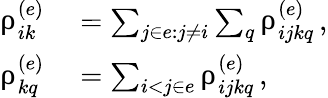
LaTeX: \begin{array}{rl}{\uprho_{ik}^{(e)}}&{{}=\sum_{j\in e:j\neq i}\sum_{q}\uprho_{ijkq}^{(e)}\, ,}\\ {\uprho_{kq}^{(e)}}&{{}=\sum_{i<j\in e}\uprho_{ijkq}^{(e)}\, ,}\end{array}